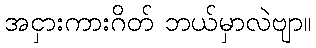
အငှားကားဂိတ် ဘယ်မှာလဲဗျာ။